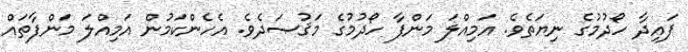
ފައިދާ ހޯދުމުގެ ނިޔަތެވެ. އަމިއްލަ މަންފާ ހޯދުމުގެ މަޤުޞަދެވެ. އެހެންކަމުން އަމިއްލަ މަންފާތައް